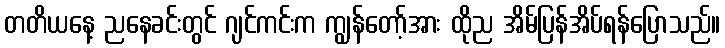
တတိယနေ့ ညနေခင်းတွင် ဂျင်ကင်းက ကျွန်တော့်အား ထိုည အိမ်ပြန်အိပ်ရန်ပြောသည်။